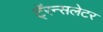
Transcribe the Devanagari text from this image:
टॅ्रन्सलेटर